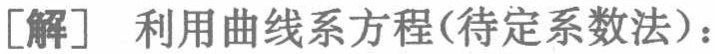
[解] 利用曲线系方程(待定系数法)：